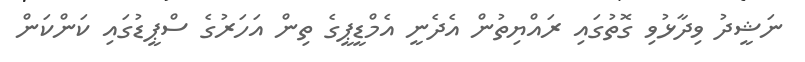
ނަޝީދު ވިދާޅުވި ގޮތުގައި ރައްޔިތުން އެދެނީ އެމްޑީޕީގެ ތިން އަހަރުގެ ސްޕީޑުގައި ކަންކަން